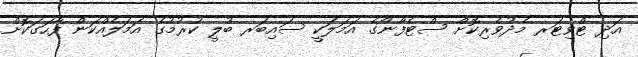
އަދި ޓްވިޓަރ މެދުވެރިކޮށް ސްޓެފާނޯގެ އަމަލަކީ ސައިބަރ ބުލީ ކުރުމުގެ އަމަލެއްކަން ފާހަގަކޮށް